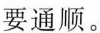
要通顺。